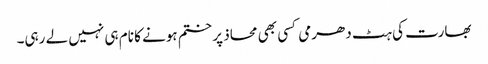
بھارت کی ہٹ دھرمی کسی بھی محاذ پر ختم ہونے کا نام ہی نہیں لے رہی۔